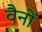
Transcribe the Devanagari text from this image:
वैनों